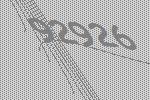
92926